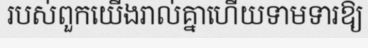
របស់ពួកយើងរាល់គ្នាហើយទាមទារឱ្យ